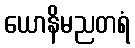
ယောနိမညတရံ